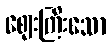
ဈေးကြီးသော